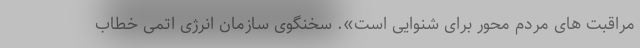
مراقبت های مردم محور برای شنوایی است». سخنگوی سازمان انرژی اتمی خطاب